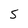
Character: 5